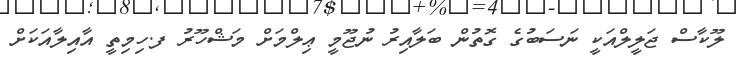
ލޫކާސް ޖަލީލްއަކީ ނަސަބުގެ ގޮތުން ބަލާއިރު ނުޖޫމީ ޢިލްމަށް މަޝްހޫރު ފ.ހިމިތީ އާއިލާއަކަށް